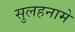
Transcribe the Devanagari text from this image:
सुलहनामे